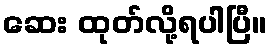
ဆေး ထုတ်လို့ရပါပြီ။